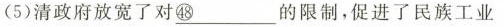
(5)清政府放宽了对\underline{㊽}的限制，促进了民族工业